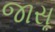
જાસૂ